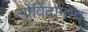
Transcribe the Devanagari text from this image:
गोविंदानन्द